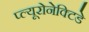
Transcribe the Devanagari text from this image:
प्ल्यूरोनेक्टिडे